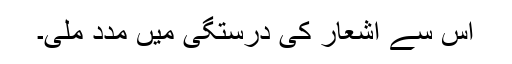
اس سے اشعار کی درستگی میں مدد ملی۔